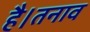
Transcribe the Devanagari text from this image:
है।तनाव